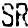
SR